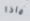
ماذا